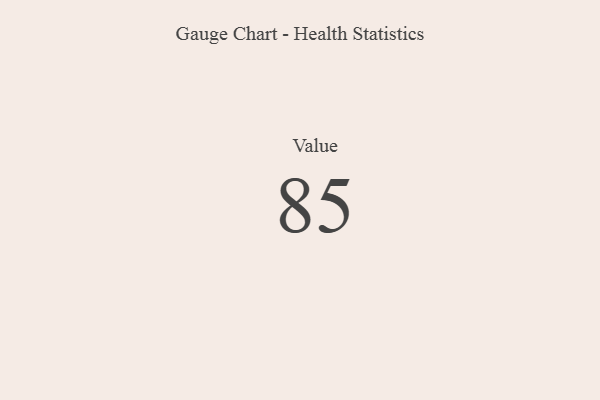
{"axis": {"x": "Metric", "y": "Value"}, "legend": [""], "data": [{"x": "Value", "y": 85, "type": ""}]}